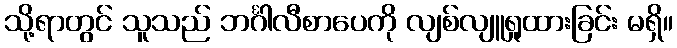
သို့ရာတွင် သူသည် ဘင်္ဂါလီစာပေကို လျစ်လျူရှုထားခြင်း မရှိ။